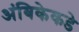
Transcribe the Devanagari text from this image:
अंबिकेकडे